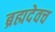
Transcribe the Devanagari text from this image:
ब्रह्मदेवच